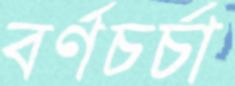
বর্ণচর্চা